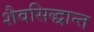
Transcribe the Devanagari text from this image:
शैवसिद्धान्त